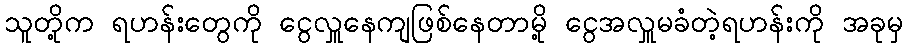
သူတို့က ရဟန်းတွေကို ငွေလှူနေကျဖြစ်နေတာမို့ ငွေအလှူမခံတဲ့ရဟန်းကို အခုမှ